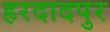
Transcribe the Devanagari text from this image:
हरदादपुर